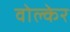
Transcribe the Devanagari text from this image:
वोल्केर